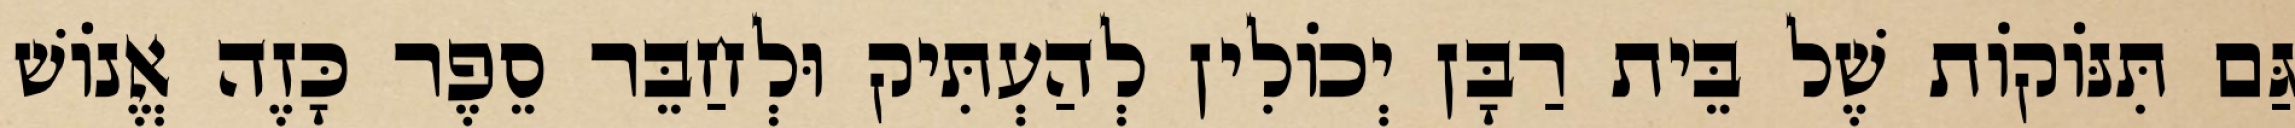
גַּם תִּנּוֹקוֹת שֶׁל בֵּית רַבָּן יְכוֹלִין לְהַעְתִּיק וּלְחַבֵּר סֵפֶר כָּזֶה אֱנוֹשׁ